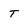
Character: T